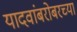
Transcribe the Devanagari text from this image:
यादवांबरोबरच्या